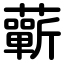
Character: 蘄